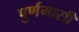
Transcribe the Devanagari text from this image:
पुर्णमासी